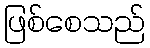
ဖြစ်စေသည်